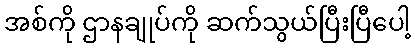
အစ်ကို ဌာနချုပ်ကို ဆက်သွယ်ပြီးပြီပေါ့